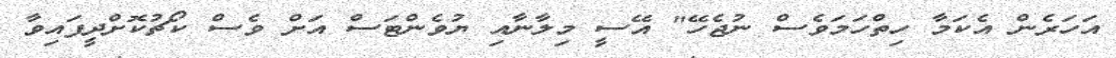
އަހަރެން އެކަމާ ހިތްހަމަވެސް ނުޖެހޭ" އޭސީ މިލާނާއި ޔުވެންޓަސް އަށް ވެސް ކޯޗުކޮށްދީފައިވާ